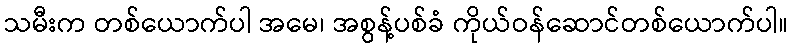
သမီးက တစ်ယောက်ပါ အမေ၊ အစွန့်ပစ်ခံ ကိုယ်ဝန်ဆောင်တစ်ယောက်ပါ။